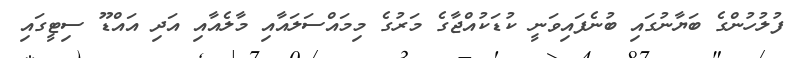
ފުލުހުންގެ ބަޔާނުގައި ބުނެފައިވަނީ ކުޑަކުއްޖާގެ މަރުގެ މިމައްސަލައާއި މާލެއާއި އަދި އައްޑޫ ސިޓީގައި